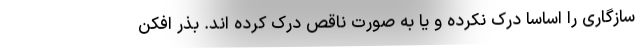
سازگاری را اساسا درک نکرده و یا به صورت ناقص درک کرده اند. بذر افکن